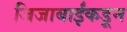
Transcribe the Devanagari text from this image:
जिजाबाईंकडून